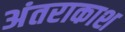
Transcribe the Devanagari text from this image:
अंतराकाश